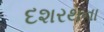
દશરથના